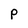
Character: P